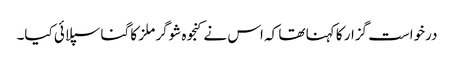
درخواست گزار کا کہنا تھا کہ اس نے کنجوہ شوگر ملز کا گنا سپلائی کیا۔